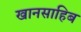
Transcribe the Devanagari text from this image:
खानसाहिब